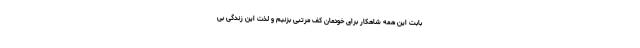
بابت این همه شاهکار برای خودمان کف مرتبی بزنیم و لذت این زندگی بی